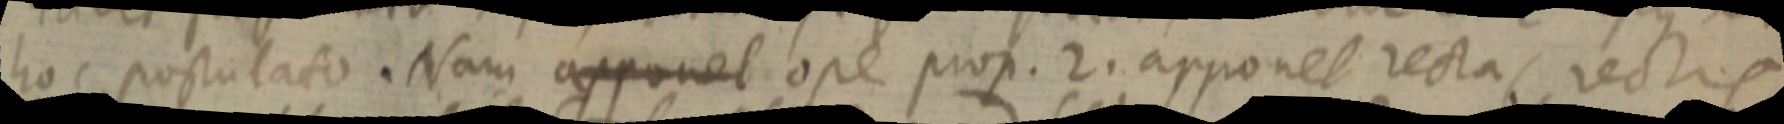
hoc postulato. Nam apponet ope prop. 2. apponet rectas rectis